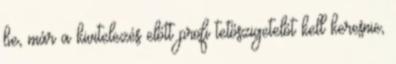
be, már a kivitelezés előtt profi tetőszigetelőt kell keresnie,